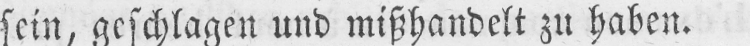
sein, geschlagen und mißhandelt zu haben.